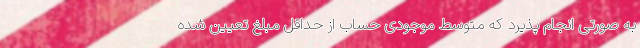
به صورتی انجام پذیرد که متوسط موجودی حساب از حداقل مبلغ تعیین شده